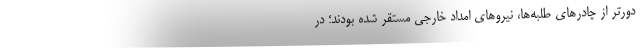
دورتر از چادرهاي طلبه‌ها، نيروهاي امداد خارجي مستقر شده بودند؛ در